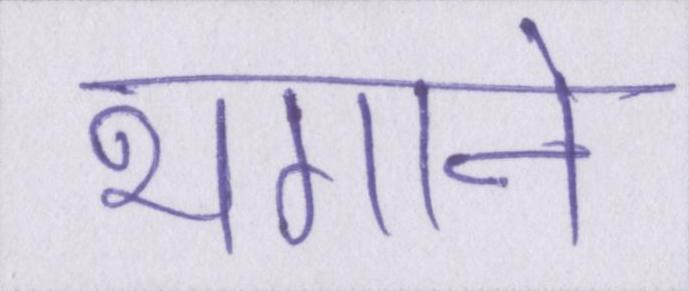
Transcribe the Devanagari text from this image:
भगाने